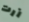
زرت